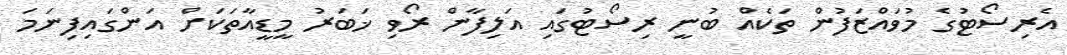
އެރިސޯޓުގެ މުވައްޒަފުން ތަކެއް ބުނީ ރިސޯޓުގައި އަލިފާން ރޯވި ޚަބަރު މީޑީއާތަކަށް އަންގައިފިނަމަ